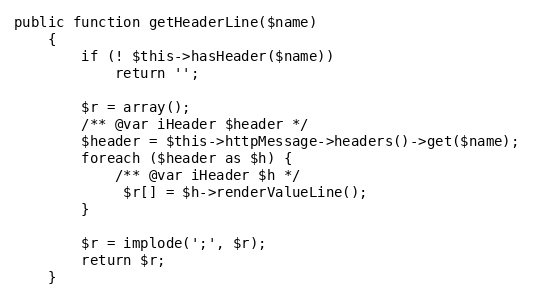
Language: PHP
public function getHeaderLine($name)
    {
        if (! $this->hasHeader($name))
            return '';

        $r = array();
        /** @var iHeader $header */
        $header = $this->httpMessage->headers()->get($name);
        foreach ($header as $h) {
            /** @var iHeader $h */
             $r[] = $h->renderValueLine();
        }

        $r = implode(';', $r);
        return $r;
    }